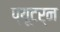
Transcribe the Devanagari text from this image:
प्यूटर्न